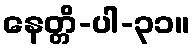
နေတ္တိ-ပါ-၃၁။